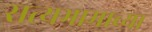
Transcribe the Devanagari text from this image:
सत्यभामाच्या